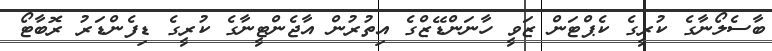
ބާސެލޯނާގެ ކުރީގެ ކެޕްޓަން ޒަވީ ހާނަންޑޭޒްގެ އިތުރުން އާޖެންޓީނާގެ ކުރީގެ ޑިފެންޑަރު ރޮބާޓޯ